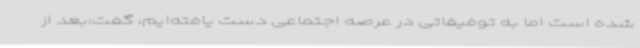
شده است اما به توفیفاتی در عرصه اجتماعی دست یافته‌ایم، گفت:بعد از